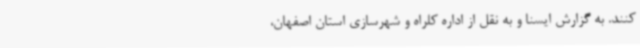
کنند. به گزارش ایسنا و به نقل از اداره کلراه و شهرسازی استان اصفهان،